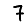
Digit: 7